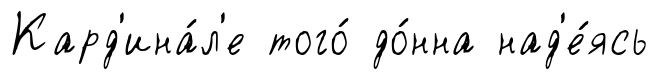
Кард'ина́л'е того́ до́нна над'е́ясь